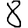
Digit: 8